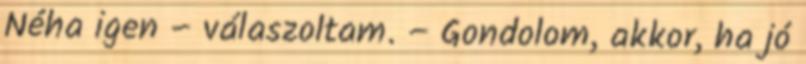
Néha igen – válaszoltam. – Gondolom, akkor, ha jó